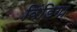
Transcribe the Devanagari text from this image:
विंडिगा